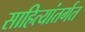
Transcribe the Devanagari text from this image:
साहित्यांतर्गत